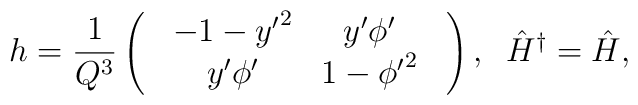
h=\frac{1}{Q^3}\left(\begin{array}{c}\begin{array}{cc}-1-{y^{\prime}}^2&y^{\prime}{\phi}^{\prime}\\y^{\prime}{\phi}^{\prime}&1-{{\phi}^{\prime}}^2\\\end{array}\end{array}\right),\;\;{\hat H}^{\dagger}={\hat H},